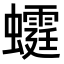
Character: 𧓴